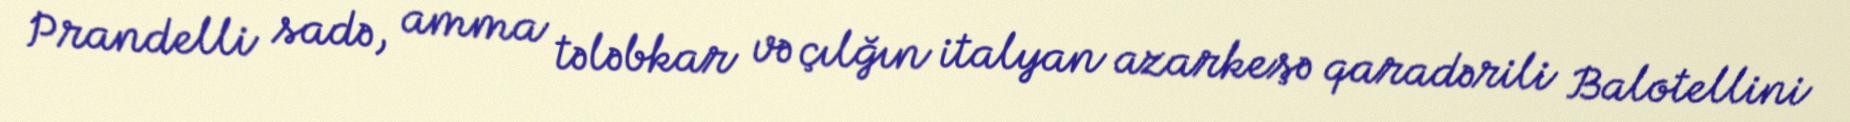
Prandelli sadə, amma tələbkar və çılğın italyan azarkeşə qaradərili Balotellini